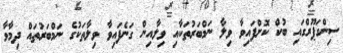
ސިންގަޕޫރްގައި ބުކް ކޮށްފައިވާ ވިލާ ނަމްބަރުތަކާއި ވިލާއިން ގަނެފައިވާ ވިލާތަކުގެ ނަމްބަރުތައް ދިމާވާ